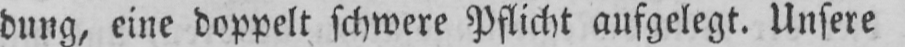
dung, eine doppelt schwere Pflicht aufgelegt. Unsere